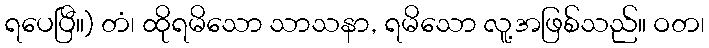
ရပေပြီ။) တံ၊ ထိုရမိသော သာသနာ, ရမိသော လူ့အဖြစ်သည်။ ဝတ၊